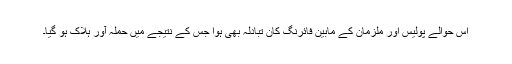
اس حوالے پولیس اور ملزمان کے مابین فائرنگ کان تبادلہ بھی ہوا جس کے نتیجے میں حملہ آور ہلاک ہو گیا۔